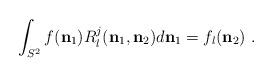
LaTeX: \begin{align*}\int_{S^{2}}f(\mathbf{n}_{1})R_{l}^{j}(\mathbf{n}_{1},\mathbf{n}_{2})d\mathbf{n}_{1}=f_{l}(\mathbf{n}_{2})\ . \end{align*}